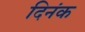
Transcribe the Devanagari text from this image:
दिनंक